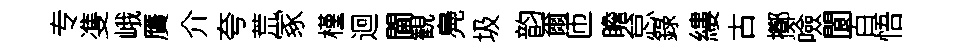
专㕠峨贋介夸荒冢槿迴閫観鳧圾韵爾匝瞻怠錄縷古擲噞閬百悟